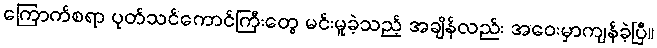
ကြောက်စရာ ပုတ်သင်ကောင်ကြီးတွေ မင်းမူခဲ့သည့် အချိန်လည်း အဝေးမှာကျန်ခဲ့ပြီ။